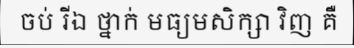
ចប់ រីឯ ថ្នាក់ មធ្យមសិក្សា វិញ គឺ